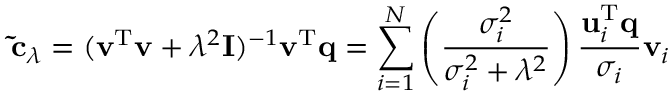
\mathbf { \tilde { c } } _ { \lambda } = ( \mathbf { v } ^ { \mathrm { T } } \mathbf { v } + \lambda ^ { 2 } \mathbf { I } ) ^ { - 1 } \mathbf { v } ^ { \mathrm { T } } \mathbf { q } = \sum _ { i = 1 } ^ { N } \left( \frac { \sigma _ { i } ^ { 2 } } { \sigma _ { i } ^ { 2 } + \lambda ^ { 2 } } \right) \frac { \mathbf { u } _ { i } ^ { \mathrm { T } } \mathbf { q } } { \sigma _ { i } } \mathbf { v } _ { i }